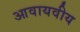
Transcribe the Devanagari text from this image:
आवायवीय